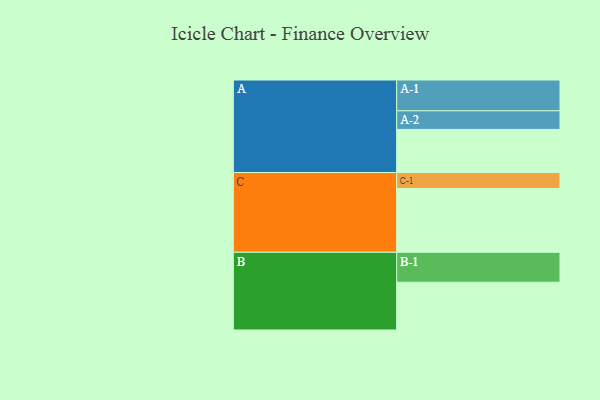
{"axis": {"x": "Segment", "y": "Value"}, "legend": ["", "A", "B", "C"], "data": [{"x": "A", "y": 361, "type": ""}, {"x": "B", "y": 400, "type": ""}, {"x": "C", "y": 534, "type": ""}, {"x": "A-1", "y": 258, "type": "A"}, {"x": "A-2", "y": 156, "type": "A"}, {"x": "B-1", "y": 251, "type": "B"}, {"x": "C-1", "y": 134, "type": "C"}]}